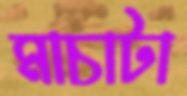
মাচাটা